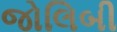
જોલિબી